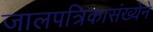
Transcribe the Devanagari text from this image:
जालपत्रिकासंख्येने